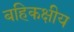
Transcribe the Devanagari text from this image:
बहिकक्षीय